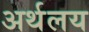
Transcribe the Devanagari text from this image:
अर्थलय